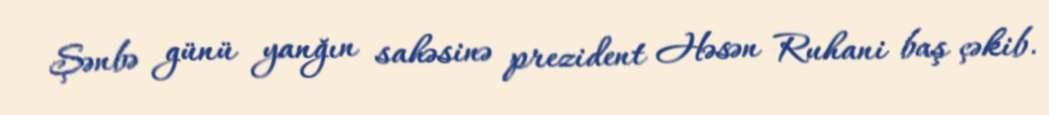
Şənbə günü yanğın sahəsinə prezident Həsən Ruhani baş çəkib.